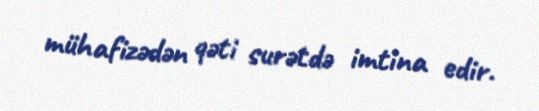
mühafizədən qəti surətdə imtina edir.